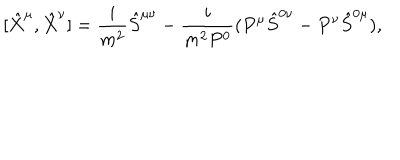
LaTeX: [ \hat { X } ^ { \mu } , \hat { X } ^ { \nu } ] = \frac { i } { m ^ { 2 } } \hat { S } ^ { \mu \nu } - \frac { i } { m ^ { 2 } P ^ { 0 } } ( P ^ { \mu } \hat { S } ^ { 0 \nu } - P ^ { \nu } \hat { S } ^ { 0 \mu } ) ,